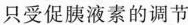
只受促胰液素的调节